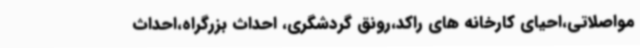
مواصلاتی،احیای کارخانه های راکد،رونق گردشگری، احداث بزرگراه،احداث